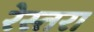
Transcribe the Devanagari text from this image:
रेस्तरा